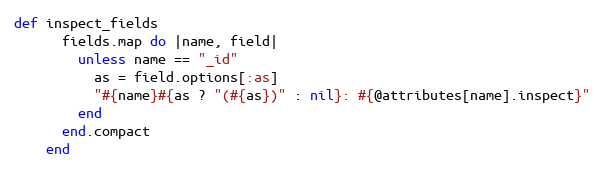
Language: Ruby
def inspect_fields
      fields.map do |name, field|
        unless name == "_id"
          as = field.options[:as]
          "#{name}#{as ? "(#{as})" : nil}: #{@attributes[name].inspect}"
        end
      end.compact
    end